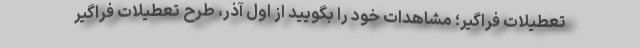
تعطیلات فراگیر؛ مشاهدات خود را بگویید از اول آذر، طرح تعطیلات فراگیر